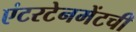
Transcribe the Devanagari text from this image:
एंटरटेनमेंटची